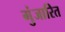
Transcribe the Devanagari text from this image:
गुंजारित